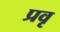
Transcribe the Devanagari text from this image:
प्रवृ